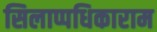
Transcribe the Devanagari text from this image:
सिलाप्पधिकाराम